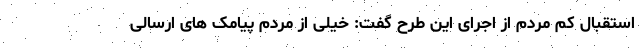
استقبال کم مردم از اجرای این طرح گفت: خیلی از مردم پیامک های ارسالی